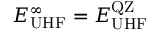
E _ { \mathrm { U H F } } ^ { \infty } = E _ { \mathrm { U H F } } ^ { \mathrm { Q Z } }